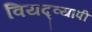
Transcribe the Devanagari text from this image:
वियद्व्यापी